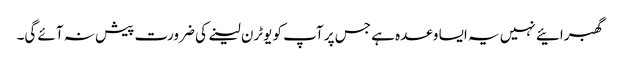
گھبرائیے نہیں یہ ایسا وعدہ ہے جس پر آپ کو یوٹرن لینے کی ضرورت پیش نہ آئے گی۔